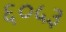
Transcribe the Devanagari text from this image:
६०५३